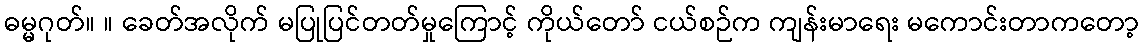
ဓမ္မဂုတ်။ ။ ခေတ်အလိုက် မပြုပြင်တတ်မှုကြောင့် ကိုယ်တော် ငယ်စဉ်က ကျန်းမာရေး မကောင်းတာကတော့